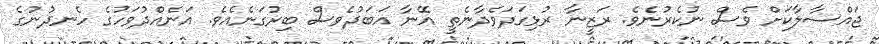
ޖައްސާލާކަށް ވެސް ނުކެރުނެވެ. ރަޒީނާ ރުޅިގަދަވެދާނެތީ އޭނާ އަބަދުވެސް ބިރުގަނެއެވެ. އަނެއްދުވަހުގެ ހެނދުނުގެ